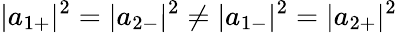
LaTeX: |{a}_{1+}|^{2}=|{a}_{2-}|^{2}\neq|{a}_{1-}|^{2}=|{a}_{2+}|^{2}